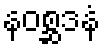
နဝစ္ဆဒနံ